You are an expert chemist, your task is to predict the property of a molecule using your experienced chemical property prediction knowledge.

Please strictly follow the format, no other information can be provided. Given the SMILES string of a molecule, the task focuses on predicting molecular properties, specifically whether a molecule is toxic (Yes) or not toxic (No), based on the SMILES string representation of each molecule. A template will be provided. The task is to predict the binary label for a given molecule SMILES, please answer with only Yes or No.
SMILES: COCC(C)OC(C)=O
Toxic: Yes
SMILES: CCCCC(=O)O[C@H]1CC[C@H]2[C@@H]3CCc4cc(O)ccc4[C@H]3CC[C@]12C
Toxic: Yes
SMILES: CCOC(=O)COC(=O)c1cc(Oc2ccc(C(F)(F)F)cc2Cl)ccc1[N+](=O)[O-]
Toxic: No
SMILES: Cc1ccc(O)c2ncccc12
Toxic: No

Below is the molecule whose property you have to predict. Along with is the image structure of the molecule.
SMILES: BrC(Br)C(Br)(Br)Br
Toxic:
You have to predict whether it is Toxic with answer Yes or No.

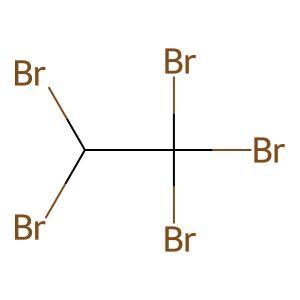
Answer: No